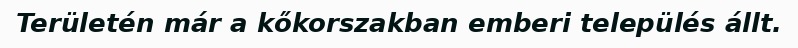
Területén már a kőkorszakban emberi település állt.